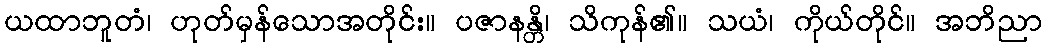
ယထာဘူတံ၊ ဟုတ်မှန်သောအတိုင်း။ ပဇာနန္တိ၊ သိကုန်၏။ သယံ၊ ကိုယ်တိုင်။ အဘိညာ